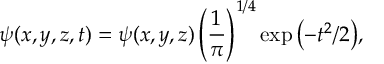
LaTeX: \psi ( x , y , z , t ) = \psi ( x , y , z ) \left( { \frac { 1 } { \pi } } \right) ^ { 1 / 4 } \exp { \left( - t ^ { 2 } / 2 \right) } ,